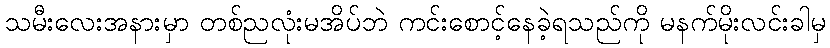
သမီးလေးအနားမှာ တစ်ညလုံးမအိပ်ဘဲ ကင်းစောင့်နေခဲ့ရသည်ကို မနက်မိုးလင်းခါမှ